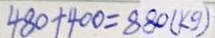
4 8 0 + 4 0 0 = 8 8 0 ( k g )